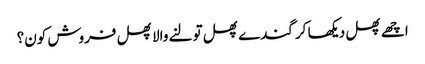
اچھے پھل دیکھا کر گندے پھل تولنے والا پھل فروش کون؟